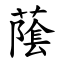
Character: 䕃